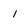
Character: i